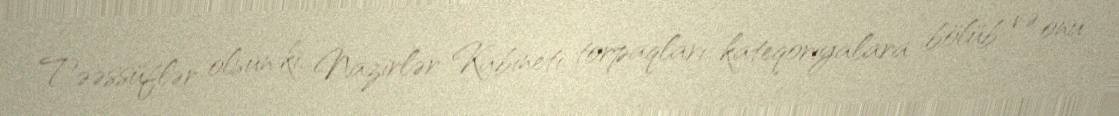
Təəssüflər olsun ki, Nazirlər Kabineti torpaqları kateqoriyalara bölüb və onu